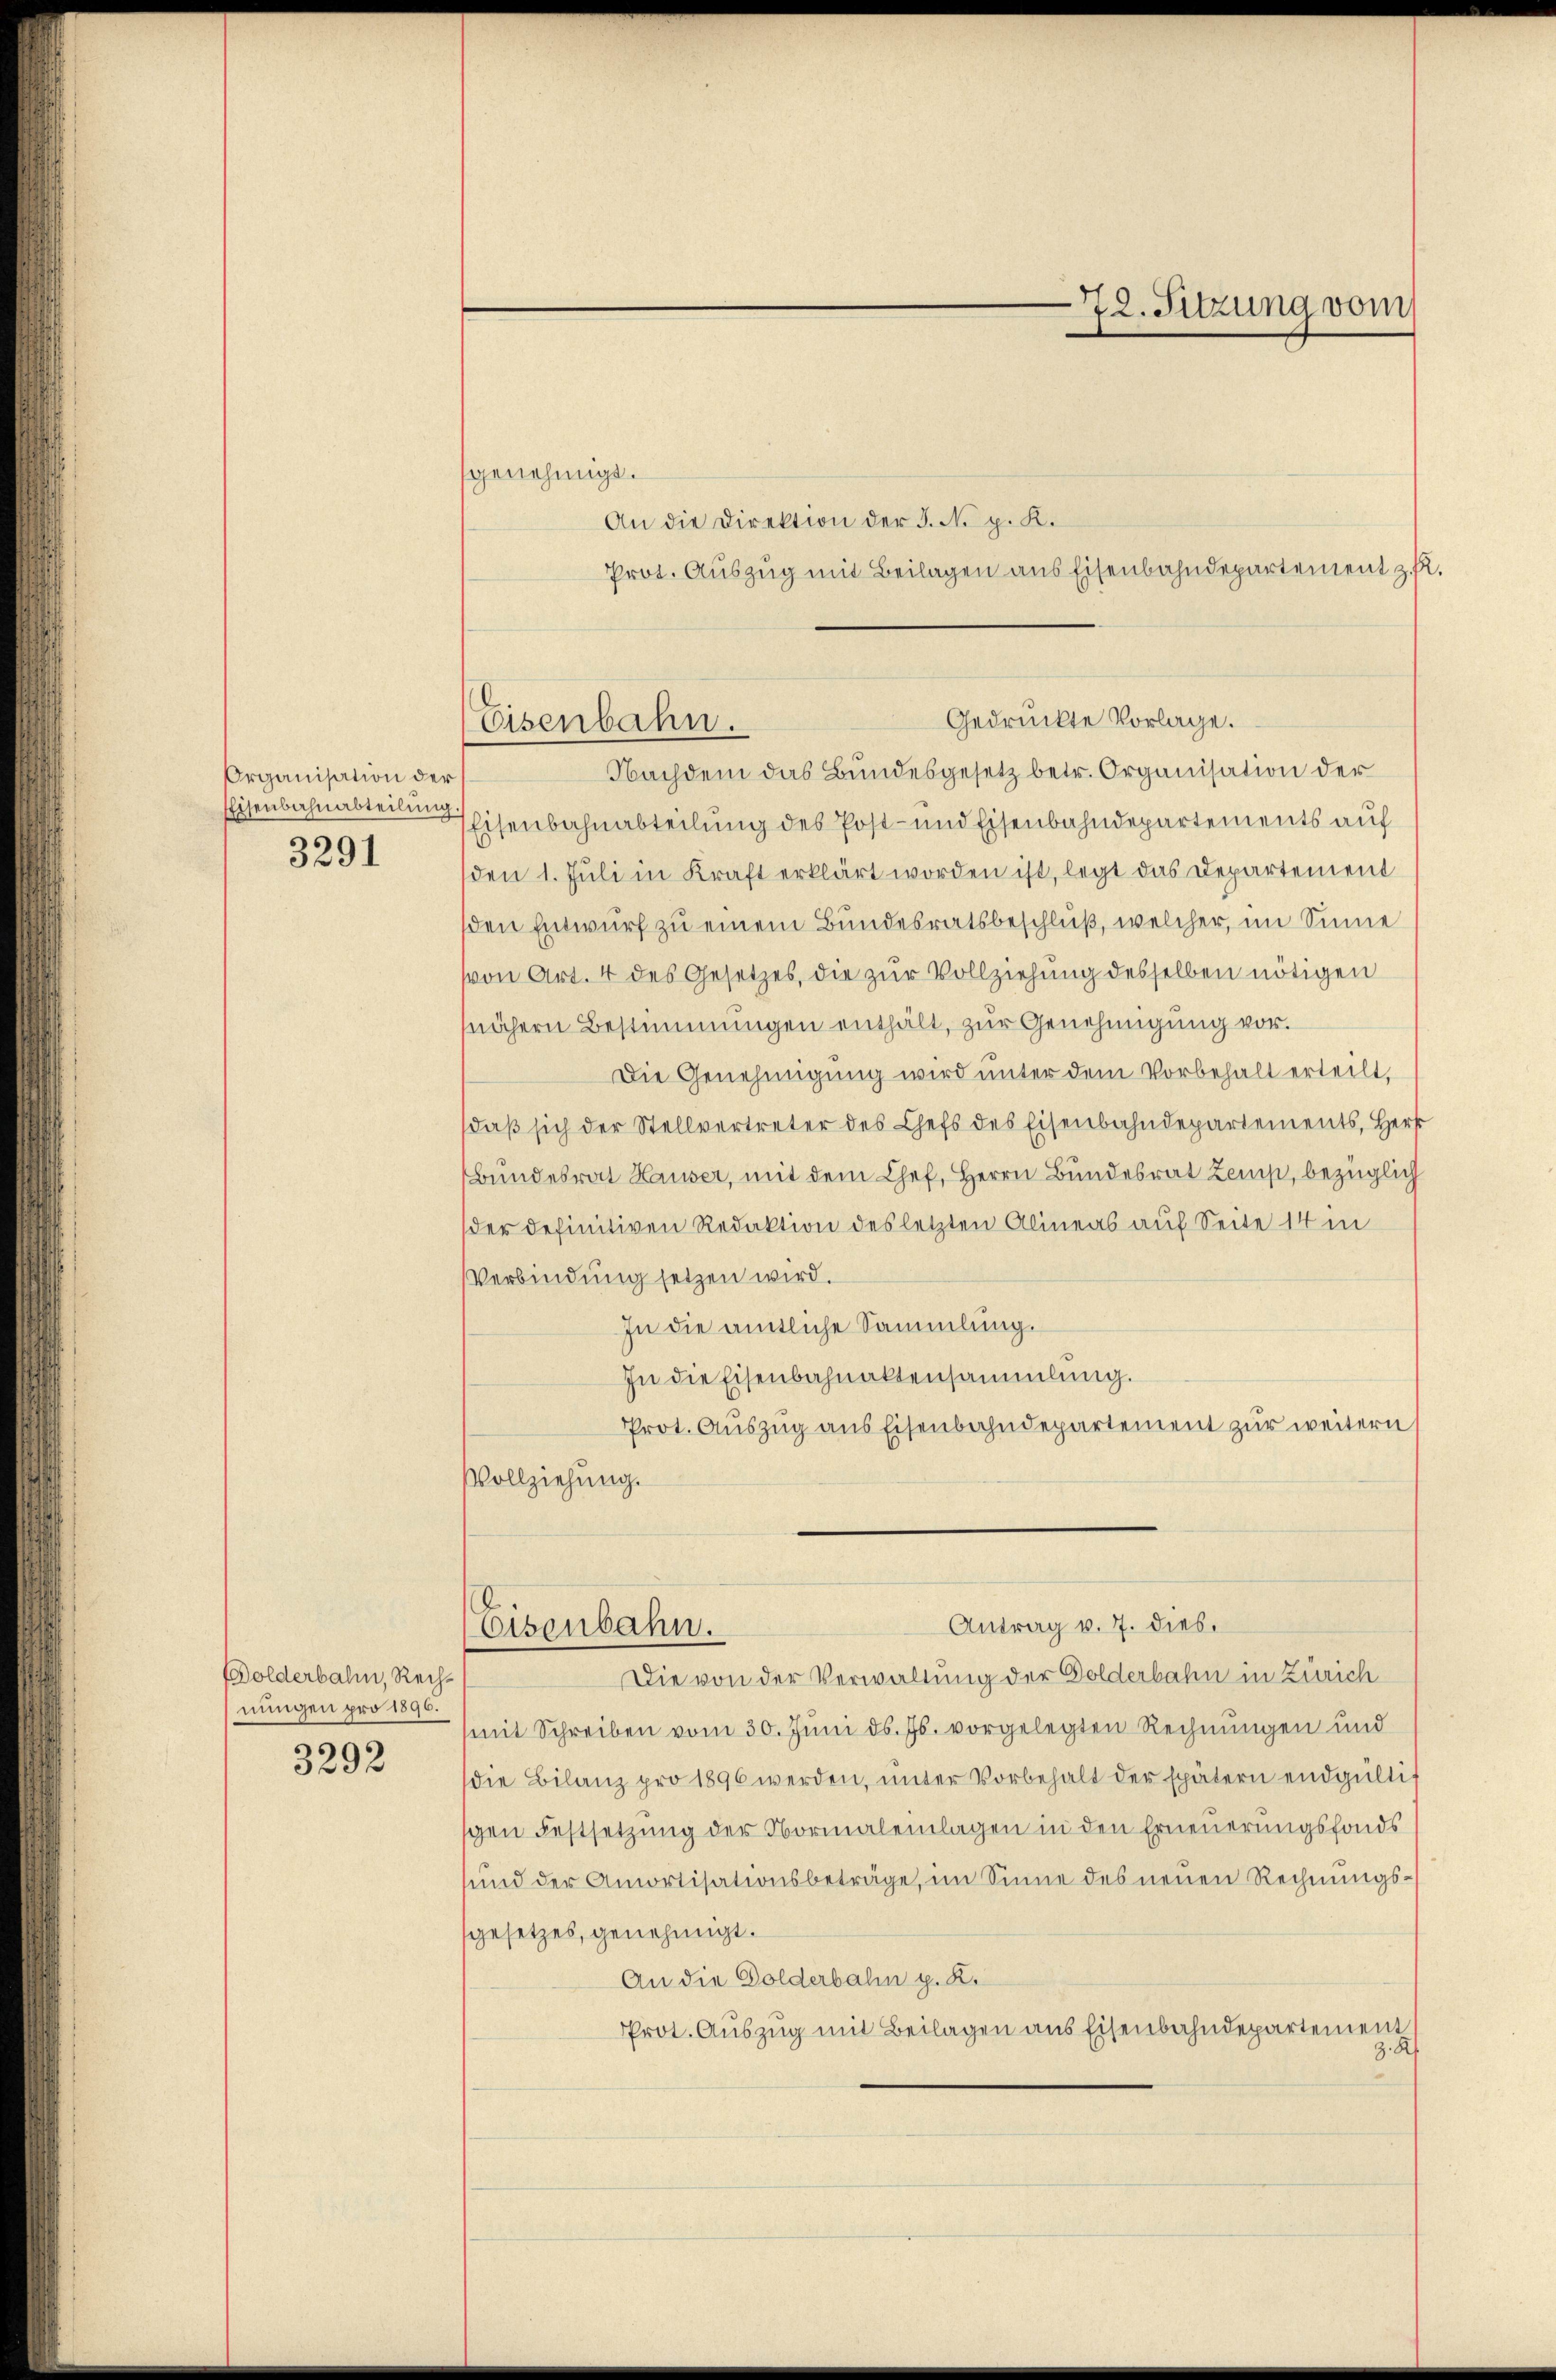
Organisation der
EEisenbahnabteilung
3291

olderbahn, Rechnungen pro 1896.
3292

genehmigt.
An die Direktion der J. No. p. K.
Prot. Auszug mit Beilagen aus Eisenbahndepartement z.
Nachdem das Bundesgesetz betr. Organisation der
Eisenbahnabteilung des Post- und Eisenbahndepartements auf
den 1. Jŭli in Kraft erklärt worden ist, legt das Departement
den Entwurf zu einem Bundesratsbeschluß, welcher, im Sinne
von Art. 4 des Gesetzes, die zŭr Vollziehung desselben nötigen
nähern Bestimmungen enthält, zur Genehmigung vor.
Die Genehmigŭng wird unter dem Vorbehalt erteilt,
daβ sich der Stellvertreter des Chefs des Eisenbahndepartements, Herr
Bundesrat Hauser, mit dem Chef, Herrn Bundesrat Zemp, bezüglich
der definitiven Redaktion des letzten Alineas auf Seite 14 i
Verbindung setzen wird.
In die amtliche Sammlung.
In die Eisenbahnaktensammlung.
Prot. Aŭszŭg ans Eisenbahndepartement zur weitern
Vollziehung.
Antrag v. 7. dies
Eisenbahn.
Die von der Verwaltung der Golderbahn in Zürich
mit Schreiben vom 30. Juni d. Js. vorgelegten Rechnungen und
die Bilanz pro 1896 werden, ŭnter Vorbehalt der spätern endgültig
gen Festsetzung der Normalenlagen in den Erneuerungsfonds
und der Amortisationsbeträge, im Sinne des neuen Rechnungsgesetzes, genehmigt.
An die Dolderbahn p. K.
Prot. Auszug mit Beilagen aus Eisenbahndepartement
z. K.

72. Sitzung vom

Gedruckte Vorlage.
Eisenbahn.